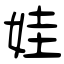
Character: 娃